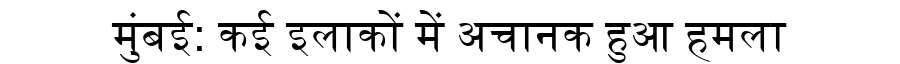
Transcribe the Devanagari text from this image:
मुंबई: कई इलाकों में अचानक हुआ हमला